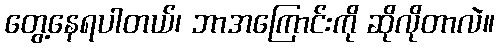
တွေ့နေရပါတယ်၊ ဘာအကြောင်းကို ဆိုလိုတာလဲ။